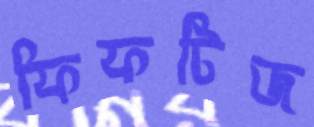
ফিফটিজ